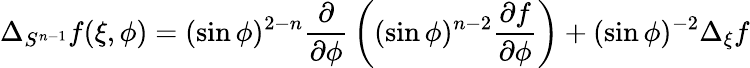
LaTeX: \Delta_{S^{n-1}}f(\xi,\phi)=(\sin\phi)^{2-n}{\frac{\partial}{\partial\phi}}\left((\sin\phi)^{n-2}{\frac{\partial f}{\partial\phi}}\right)+(\sin\phi)^{-2}\Delta_{\xi}f